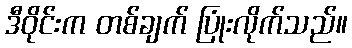
ဒီဝိုင်းက တစ်ချက် ပြုံးလိုက်သည်။